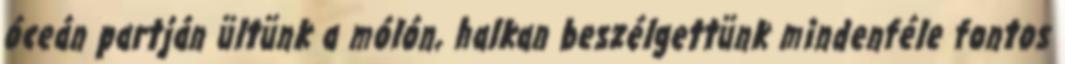
óceán partján ültünk a mólón, halkan beszélgettünk mindenféle fontos